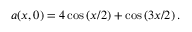
a ( x , 0 ) = 4 \cos \left( x / 2 \right) + \cos \left( 3 x / 2 \right) .